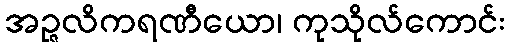
အဉ္ဇလိကရဏီယော၊ ကုသိုလ်ကောင်း